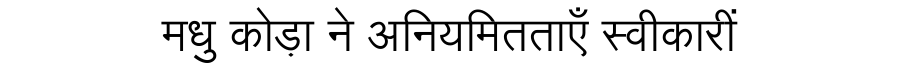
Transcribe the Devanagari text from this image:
मधु कोड़ा ने अनियमितताएँ स्वीकारीं